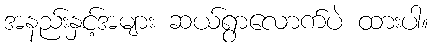
အနည်းနှင့်အများ ဆယ်ရွာလောက်ပဲ ထားပါ။